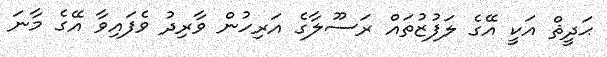
ޙަދީޘް އަކީ އޭގެ ލަފުޒުތައް ރަސޫލާގެ އަރިހުން ވާރިދު ވެފައިވާ އޭގެ މާނަ